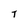
Character: T